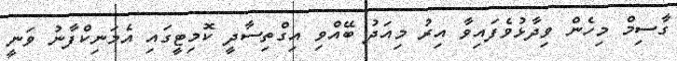
ގާސިމް މިހެން ވިދާޅުވެފައިވާ އިރު މިއަދު ބޭއްވި އިގްތިސާދީ ކޮމިޓީގައި އެމަނިކްފާނު ވަނީ